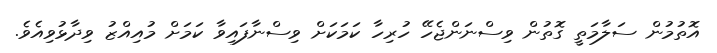
އޮތުމުން ސަލާމަތީ ގޮތުން ވިސްނަންޖެހޭ ހުރިހާ ކަމަކަށް ވިސްނާފައިވާ ކަމަށް މުއިއްޒު ވިދާޅުވިއެވެ.